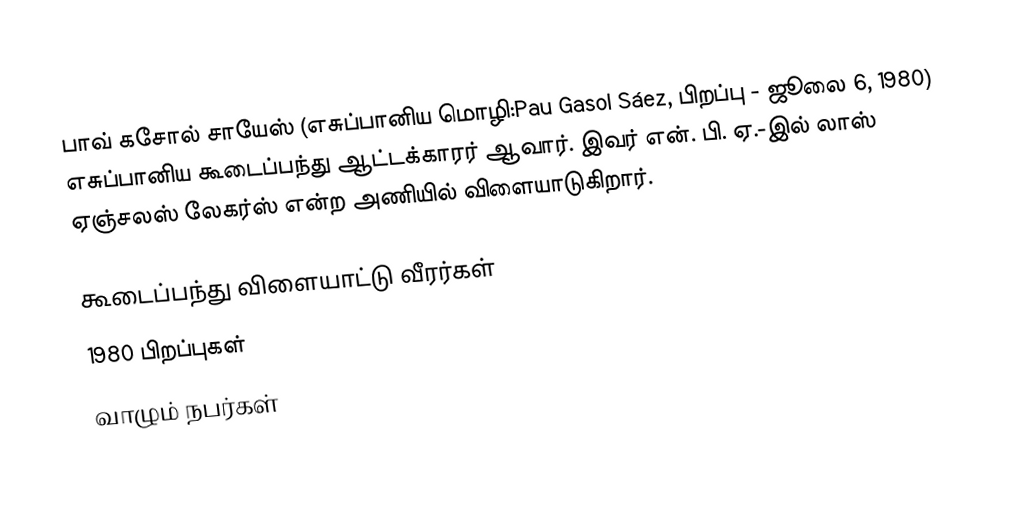
பாவ் கசோல் சாயேஸ் (எசுப்பானிய மொழி:Pau Gasol Sáez, பிறப்பு - ஜூலை 6, 1980) எசுப்பானிய கூடைப்பந்து ஆட்டக்காரர் ஆவார். இவர் என். பி. ஏ.-இல் லாஸ் ஏஞ்சலஸ் லேகர்ஸ் என்ற அணியில் விளையாடுகிறார்.

கூடைப்பந்து விளையாட்டு வீரர்கள்
1980 பிறப்புகள்
வாழும் நபர்கள்